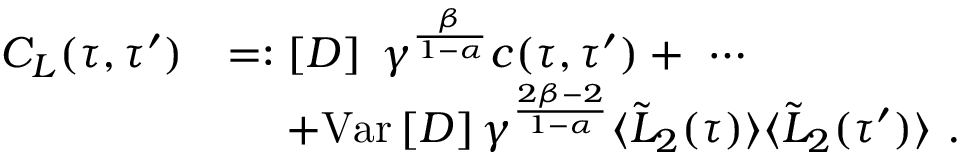
\begin{array} { r l } { C _ { L } ( \tau , \tau ^ { \prime } ) } & { = : \left[ D \right] \; \gamma ^ { \frac { \beta } { 1 - \alpha } } c ( \tau , \tau ^ { \prime } ) + \ \cdots } \\ & { \quad \ + \mathrm { V a r } \left[ D \right] \gamma ^ { \frac { 2 \beta - 2 } { 1 - \alpha } } \langle \tilde { L } _ { 2 } ( \tau ) \rangle \langle \tilde { L } _ { 2 } ( \tau ^ { \prime } ) \rangle \ . } \end{array}